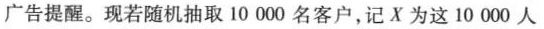
广告提醒。现若随机抽取10000名客户，记X为这10 000人